NAE_ERA_R-2324_Eesti_Vabariigi_Pohiseaduslik_Assamblee, lk 118
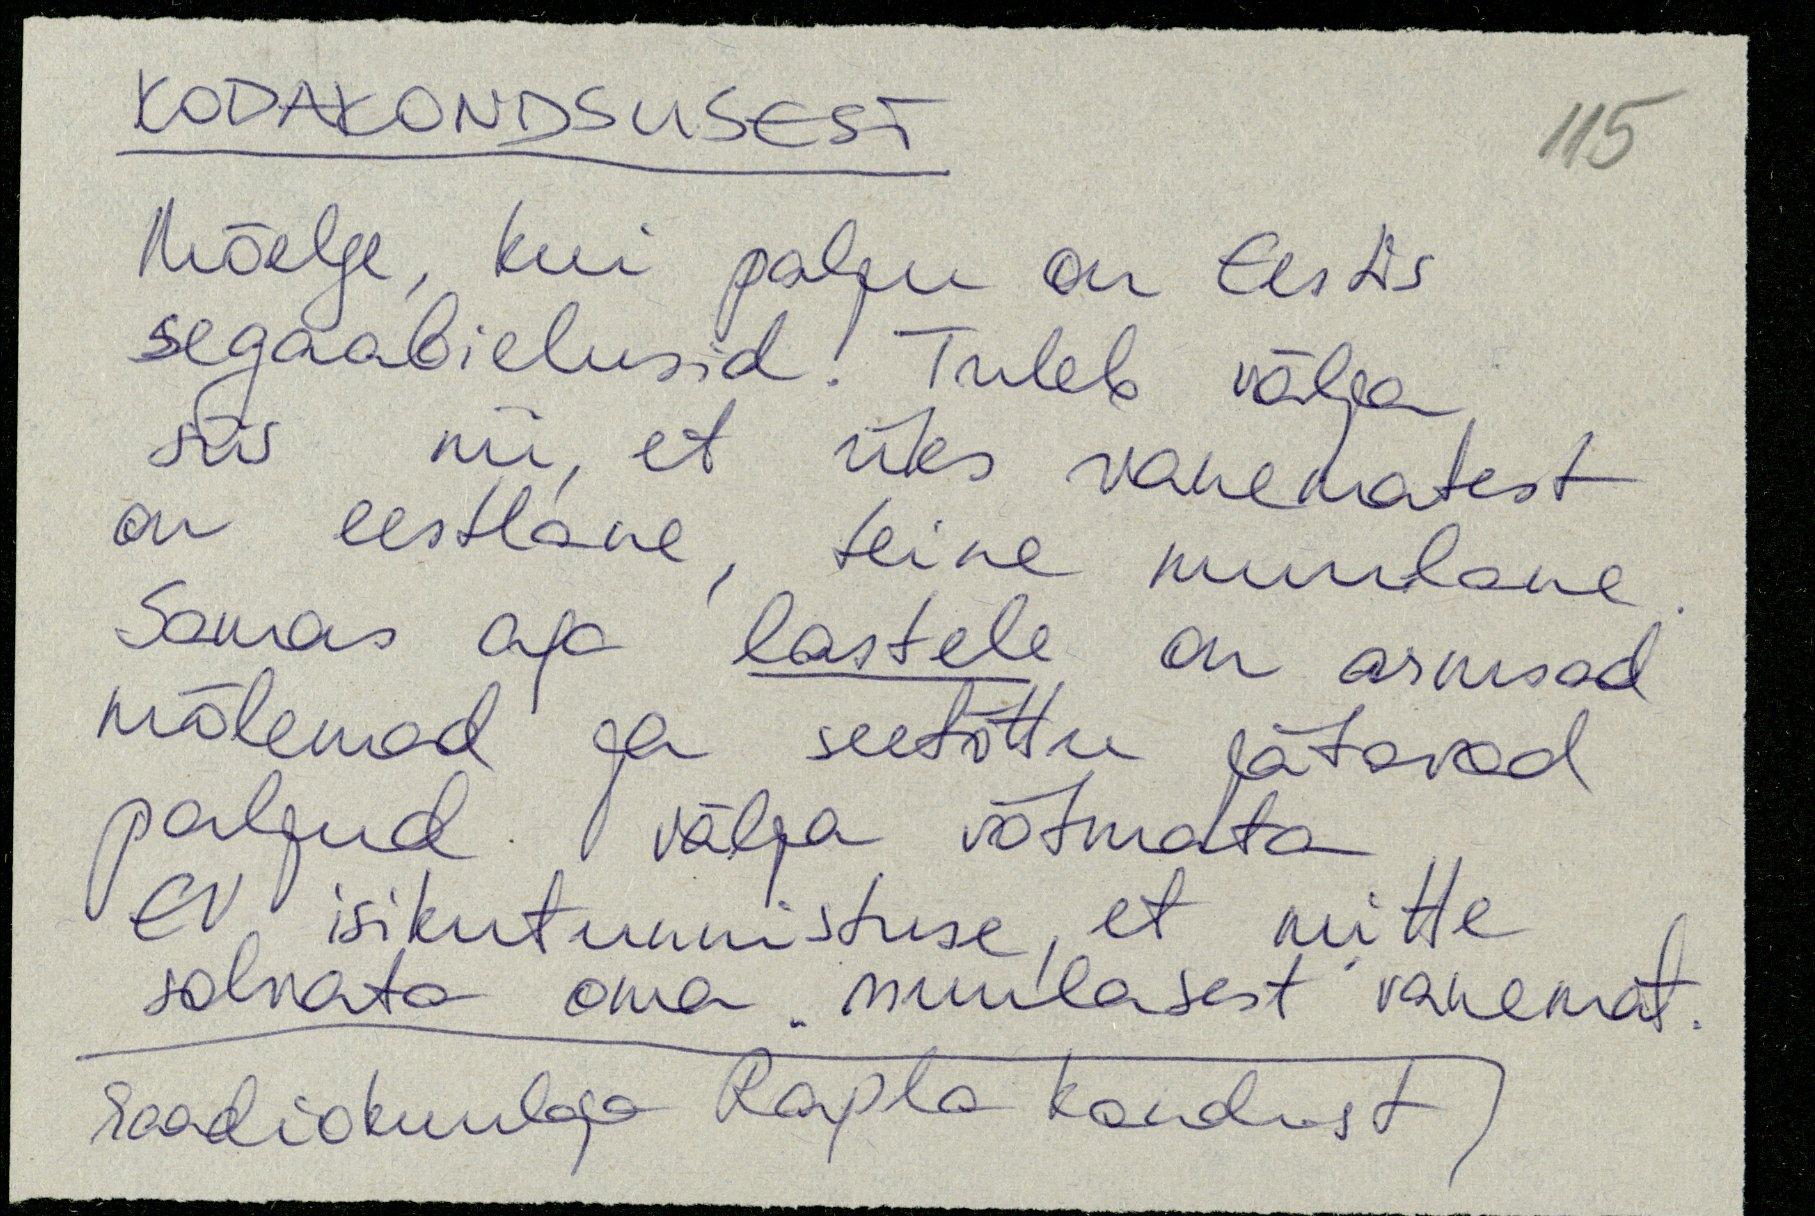
Kodakondsusest
Mõelge, kui palju on Eestis
segaabielusid! Tuleb välja
siis nii, et üks vanematest
on eestlane teine muulane
Samas aga lastele on armsad
mõlemad ja seetõttu jätavad
paljud välja võtmata
ev isikutunnistuse, et mitte
solvata oma "muulasest vanemat"
raadiokuulaja Rapla kandist